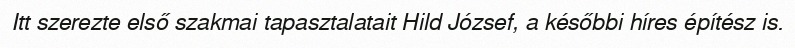
Itt szerezte első szakmai tapasztalatait Hild József, a későbbi híres építész is.